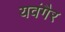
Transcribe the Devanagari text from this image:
यवंगैर